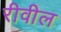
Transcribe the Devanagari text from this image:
रीवील